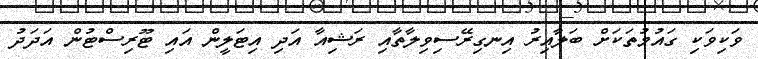
ވަކިވަކި ގައުމުތަކަށް ބަލާއިރު އިނގިރޭސިވިލާތާއި ރަޝިއާ އަދި އިޓަލީން އައި ޓޫރިސްޓުން އަދަދު